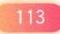
113